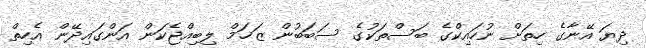
ދިޔަ އޭނާގެ ހިތަށް ނުހައިކްގެ ބަސްތަކުގެ ސަބަބުން ޒަޚަމް ލިބިއްޖެކަން އަންގައިދޭން އެހިތް